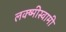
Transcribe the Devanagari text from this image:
लक्ष्मीस्वामी